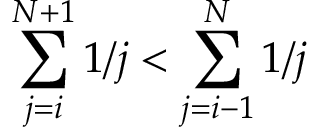
\sum _ { j = i } ^ { N + 1 } 1 / j < \sum _ { j = i - 1 } ^ { N } 1 / j